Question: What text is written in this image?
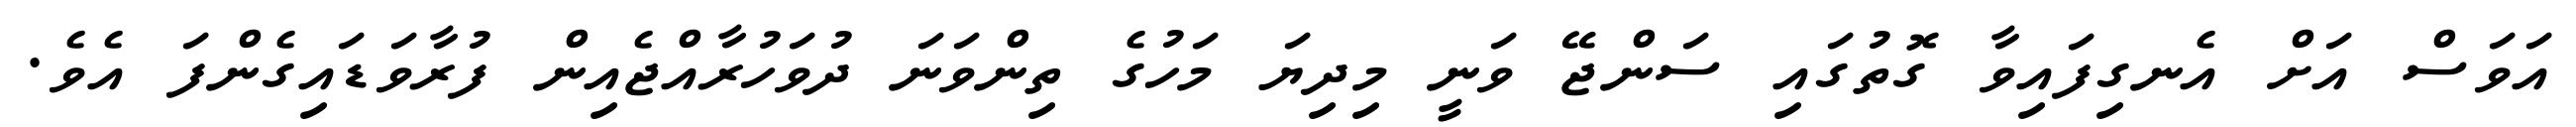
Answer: އަވަސް އަށް އެނގިފައިވާ ގޮތުގައި ސަންޖޭ ވަނީ މިދިޔަ މަހުގެ ތިންވަނަ ދުވަހުރާއްޖެއިން ފުރާވަޑައިގެންފަ އެވެ.